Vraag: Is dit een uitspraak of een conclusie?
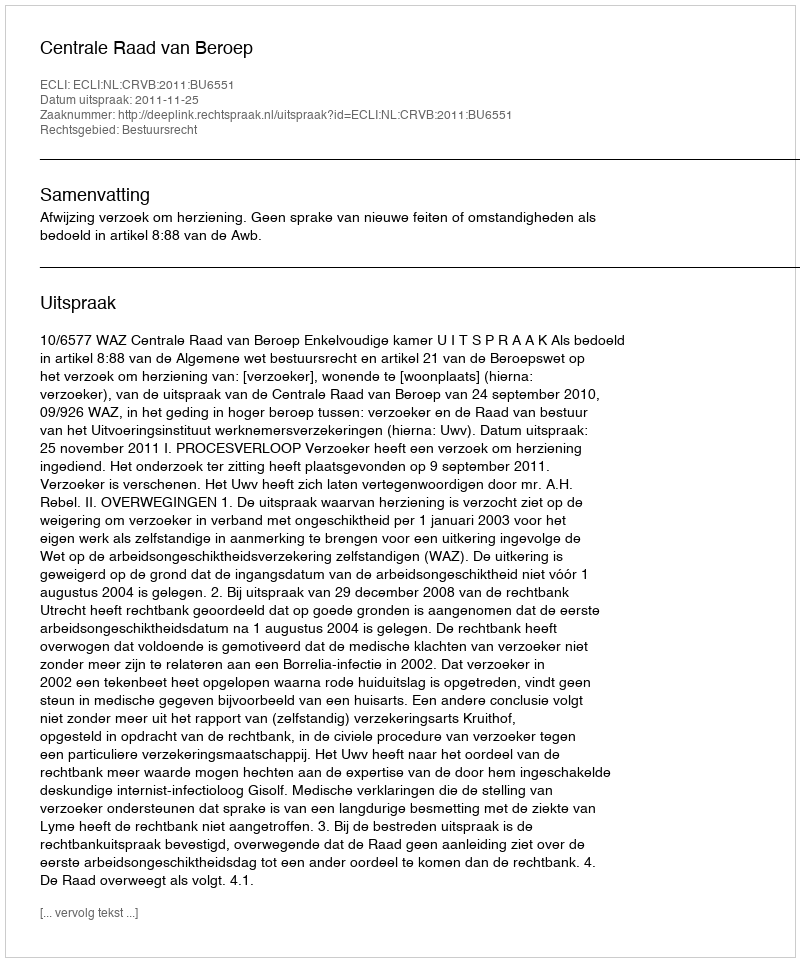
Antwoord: Uitspraak